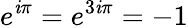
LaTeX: e^{\mathit{i}\pi}=e^{3\mathit{i}\pi}=-1